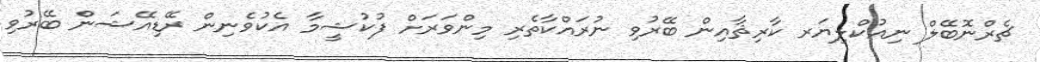
ޗެރްނޮބޭލް ނިއުކްލިޔަރ ކާރިޘާއިން ބޭރުވި ނުރައްކާތެރި މިންވަރަށް ފުކުޝީމާ އެކުވެނިން ރޭޑިއޭޝަން ބޭރުވި